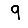
Digit: 9